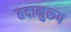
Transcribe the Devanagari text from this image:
तदानुरूप